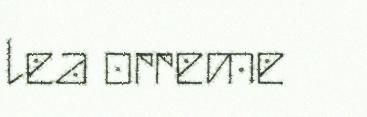
lea orreme